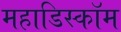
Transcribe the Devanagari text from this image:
महाडिस्कॉम